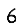
Digit: 6